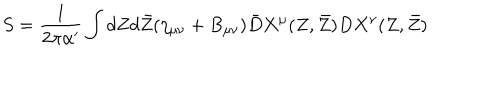
LaTeX: S = \frac { 1 } { 2 \pi \alpha ^ { \prime } } \int d Z d \bar { Z } ( \eta _ { \mu \nu } + B _ { \mu \nu } ) \bar { D } X ^ { \mu } ( Z , \bar { Z } ) D X ^ { \nu } ( Z , \bar { Z } )